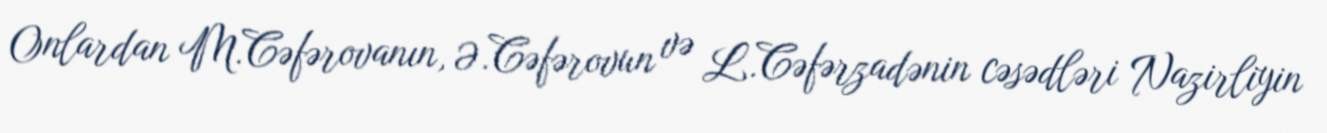
Onlardan M.Cəfərovanın, Ə.Cəfərovun və L.Cəfərzadənin cəsədləri Nazirliyin